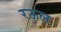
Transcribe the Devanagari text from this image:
रऊल